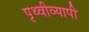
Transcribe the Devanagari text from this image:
पृथ्वीव्यापी